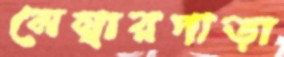
মেম্বারপাড়া